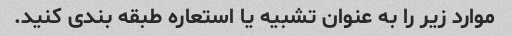
موارد زیر را به عنوان تشبیه یا استعاره طبقه بندی کنید.